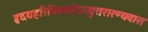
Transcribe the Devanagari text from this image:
हृदयहरिनिवासोऽप्युत्तरारण्यवासः